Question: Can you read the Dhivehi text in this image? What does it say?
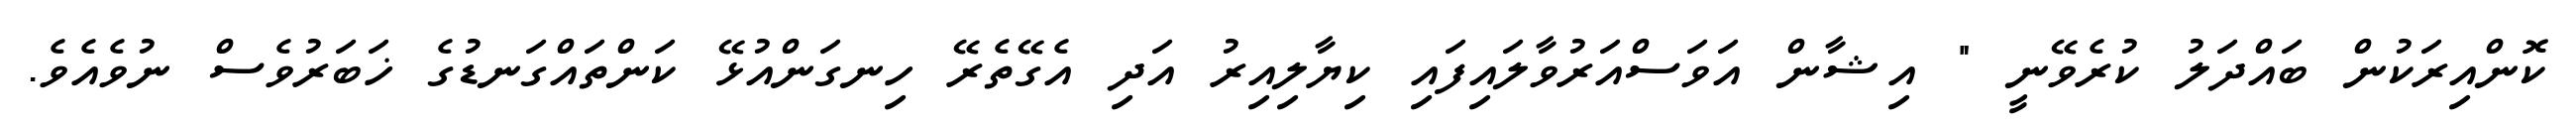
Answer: ކޮންއިރަކުން ބައްދަލު ކުރެވޭނީ " އިޝާން އަވަސްއަރުވާލައިފައި ކިޔާލިއިރު އަދި އެގޭތެރޭ ހިނގަންއުޅޭ ކަންތައްގަނޑުގެ ޚަބަރުވެސް ނުވެއެވެ.